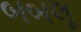
બબલૂ